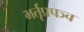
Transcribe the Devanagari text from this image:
भर्तृप्रपञ्च